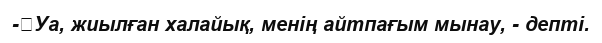
-	Уа, жиылған халайық, менің айтпағым мынау, - депті.